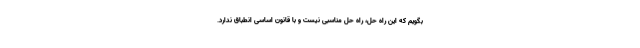
بگویم که این راه حل، راه حل مناسبی نیست و با قانون اساسی انطباق ندارد.